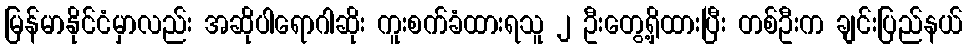
မြန်မာနိုင်ငံမှာလည်း အဆိုပါရောဂါဆိုး ကူးစက်ခံထားရသူ ၂ ဦးတွေ့ရှိထားပြီး တစ်ဦးက ချင်းပြည်နယ်